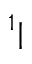
^ 1 |